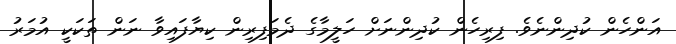
އަންހެން ކުދިންނެވެ. ފިރިހެން ކުދިންނަށް ހަލީމާގެ ދެމަފިރިން ކިޔާފައިވާ ނަން ތަކަކީ އުމަރު